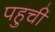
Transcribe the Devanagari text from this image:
पहुचीं